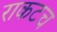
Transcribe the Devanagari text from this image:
राकटच